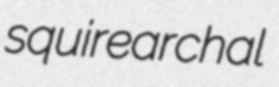
squirearchal